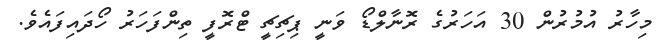
މިހާރު އުމުރުން 30 އަހަރުގެ ރޮނާލްޑޯ ވަނީ ޕިޗިޗީ ޓްރޮފީ ތިންފަހަރު ހޯދައިފައެވެ.